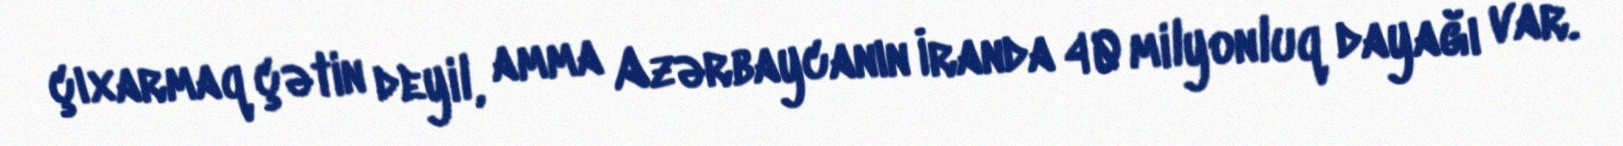
çıxarmaq çətin deyil, amma Azərbaycanın İranda 40 milyonluq dayağı var.